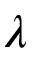
\lambda